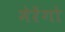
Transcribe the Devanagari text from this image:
मेरेंगो